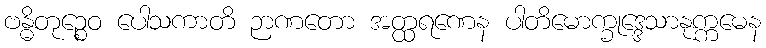
ဗန္ဓိတုဉ္စေဝ ပေါသကာတိ ဉာဏတော အတ္ထရဏေန ပါတိမောက္ခုဒ္ဒေသာနုက္ကမေန